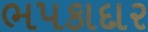
ભપકાદાર